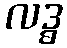
လဒ္ဓ